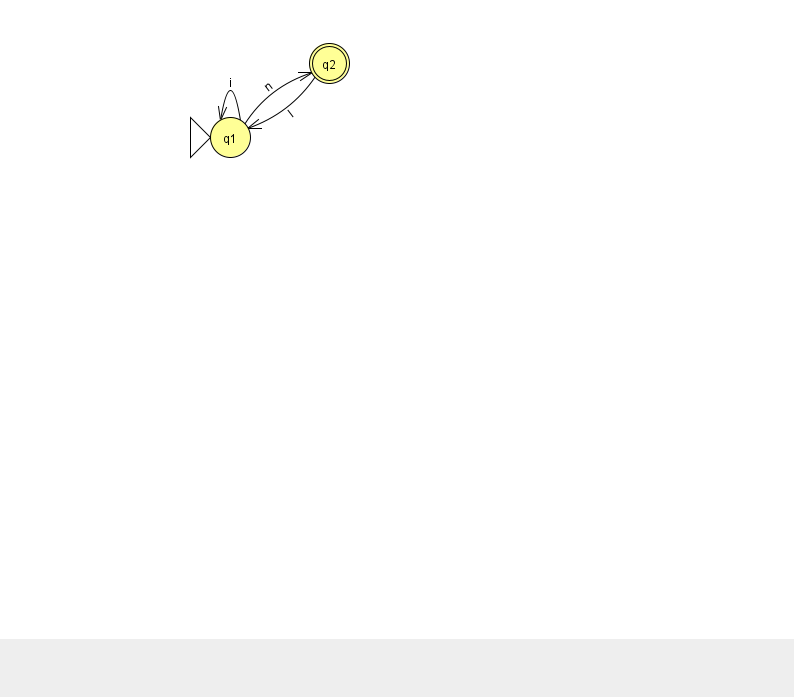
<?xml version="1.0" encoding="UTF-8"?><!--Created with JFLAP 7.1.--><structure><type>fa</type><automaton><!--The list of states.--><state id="1" name="q1"><x>230.0</x><y>124.0</y><initial/></state><state id="2" name="q2"><x>329.0</x><y>50.0</y><final/></state><!--The list of transitions.--><transition><from>2</from><to>1</to><read>l</read></transition><transition><from>1</from><to>1</to><read>i</read></transition><transition><from>1</from><to>2</to><read>n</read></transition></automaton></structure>